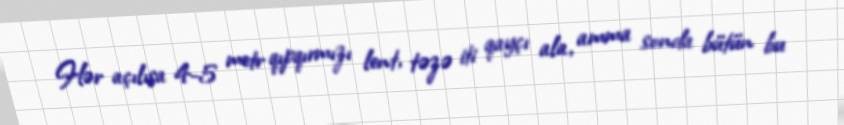
Hər açılışa 4-5 metr qıpqırmızı lent, təzə iti qayçı ala, amma sonda bütün bu